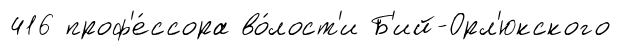
416 проф'е́ссора во́лост'и Б'ий-Орл'юкского